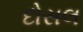
દોસલ